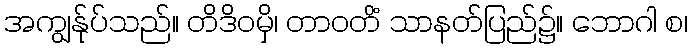
အကျွန်ုပ်သည်။ တိဒိဝမှိ၊ တာဝတိံ သာနတ်ပြည်၌။ ဘောဂါ စ၊